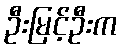
ဦးမြင့်ဦးက